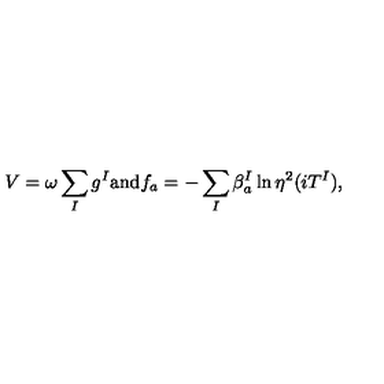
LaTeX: V = \omega \sum _ { I } g ^ { I } \mathrm { a n d } f _ { a } = - \sum _ { I } \beta _ { a } ^ { I } \ln \eta ^ { 2 } ( i T ^ { I } ) ,